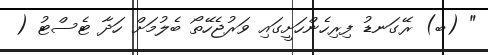
" (ބ) ރޭގަނޑު ފިރިހެންހަށީގައި ވަރުޖެހޭތޯ ބެލުމަށް ހަދާ ޓެސްޓު (